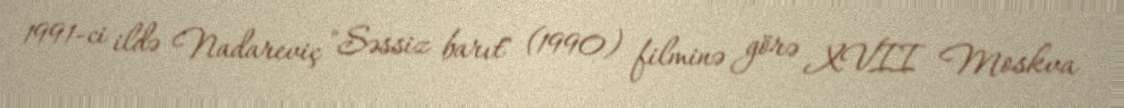
1991-ci ildə Nadareviç "Səssiz barıt" (1990) filminə görə XVII Moskva